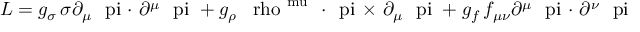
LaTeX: { \cal L } = g _ { \sigma } \, \sigma \partial _ { \mu } \mathrm { \boldmath ~ { \ p i ~ { \cdot } } ~ } \partial ^ { \mu } \mathrm { \boldmath ~ { \ p i } ~ } + g _ { \rho } \, \mathrm { \boldmath ~ { \ r h o } ^ { \ m u } ~ } \mathrm { \boldmath ~ { \cdot ~ \ p i ~ { \times } } ~ } \partial _ { \mu } \mathrm { \boldmath ~ { \ p i } ~ } + g _ { f } \, f _ { \mu \nu } \partial ^ { \mu } \mathrm { \boldmath ~ { \ p i ~ { \cdot } } ~ } \partial ^ { \nu } \mathrm { \boldmath ~ { \ p i } ~ }